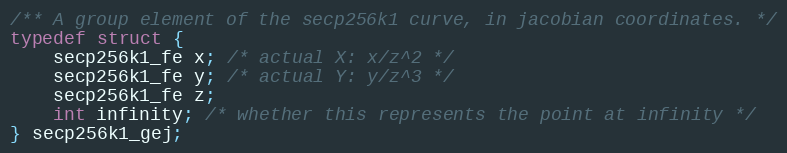
Language: C
/** A group element of the secp256k1 curve, in jacobian coordinates. */
typedef struct {
    secp256k1_fe x; /* actual X: x/z^2 */
    secp256k1_fe y; /* actual Y: y/z^3 */
    secp256k1_fe z;
    int infinity; /* whether this represents the point at infinity */
} secp256k1_gej;